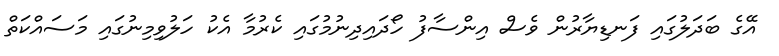
އޭގެ ބަދަލުގައި ފަނޑިޔާރުން ވެސް އިންސާފު ހޯދައިދިނުމުގައި ކެރުމާ އެކު ހަލުވިމިނުގައި މަސައްކަތް